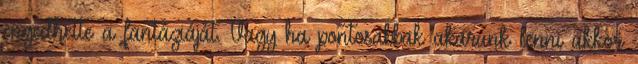
engedhette a fantáziáját. Vagy ha pontosabbak akarunk lenni akkor